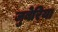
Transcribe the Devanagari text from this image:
जुबेरिया